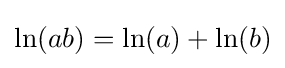
\ln(ab)=\ln(a)+\ln(b)